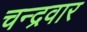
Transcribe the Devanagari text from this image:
चन्द्रवार